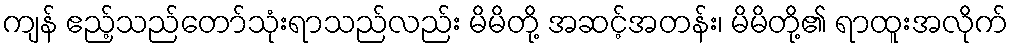
ကျန် ဧည့်သည်တော်သုံးရာသည်လည်း မိမိတို့ အဆင့်အတန်း၊ မိမိတို့၏ ရာထူးအလိုက်